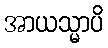
အာယသ္မာပိ